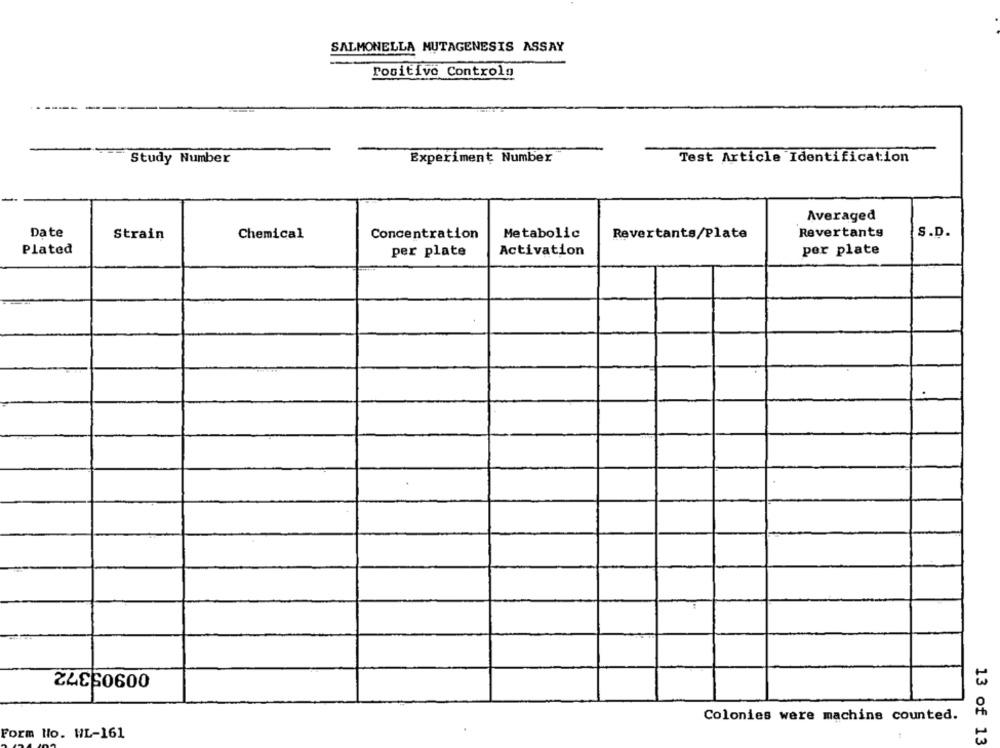
SALMONELLA MUTAGENESIS ASSAY
rositivo Controlo
Experiment Number
Study Number
Test Article Identification
Averaged
Date
Revertants
S.D.
Strain
Chemical
Concentration
Metabolic
Revertants/Plate
Plated
per plate
Activation
per plate
00905372
Colonies were machine counted.
Form Ho. WL-161
13 of 13